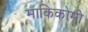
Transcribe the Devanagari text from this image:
माकिकोमी